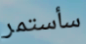
سأستمر